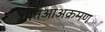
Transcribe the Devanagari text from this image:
प्रतिआअक्रमण